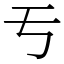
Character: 亐